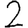
Digit: 2